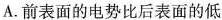
A.前表面的电势比后表面的低